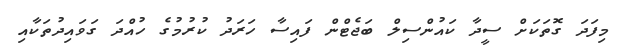
މިފަދަ ގޮތަކަށް ސީދާ ކައުންސިލް ބަޖެޓްން ފައިސާ ހަރަދު ކުރުމުގެ ހުއްދަ ގަވައިދުތަކާއި